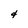
Character: 4